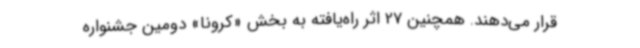
قرار می‌دهند. همچنین 27 اثر راه‌یافته به بخش «کرونا» دومین جشنواره